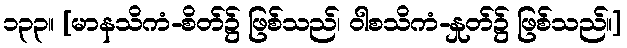
၁၃၃။ [မာနသိကံ-စိတ်၌ ဖြစ်သည်၊ ဝါစသိကံ-နှုတ်၌ ဖြစ်သည်။]